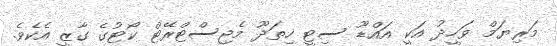
މަރިޔަމް ވަހީދު އަކީ އައްޑޫ ސިޓީ ހިތަދޫ މެޖިސްޓްރޭޓް ކޯޓުގެ ގާޒީ އެކެވެ.